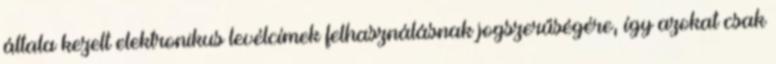
általa kezelt elektronikus levélcímek felhasználásnak jogszerűségére, így azokat csak